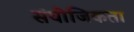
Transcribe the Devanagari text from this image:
संयोजिकता